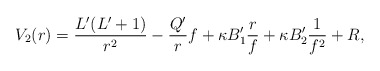
\begin{align*} V_2(r) = \frac{L'(L'+1)}{r^2} - \frac{Q'}{r}f + \kappa B'_1 \frac{r}{f} + \kappa B'_2 \frac{1}{f^2} + R,\end{align*}